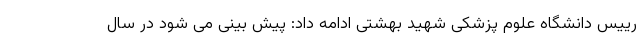
رییس دانشگاه علوم پزشکی شهید بهشتی ادامه داد: پیش بینی می شود در سال